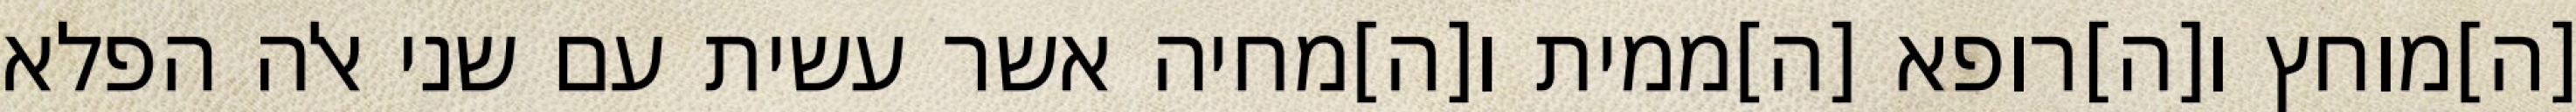
[ה]מוחץ ו[ה]רופא [ה]ממית ו[ה]מחיה אשר עשית עם שני אלה הפלא